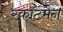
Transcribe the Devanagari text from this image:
स्कॉटमैन